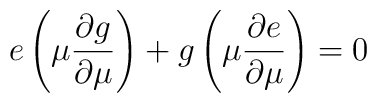
e  \left( \mu {\partial g \over \partial \mu} \right) + g \left( \mu {\partial e \over \partial \mu} \right) = 0